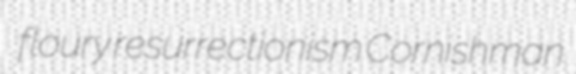
floury resurrectionism Cornishman